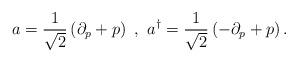
LaTeX: \begin{align*}a = \frac{1}{\sqrt{2}}\left (\partial_p +p\right )~,~a^\dagger = \frac{1}{\sqrt{2}}\left (-\partial_p +p\right ). \end{align*}